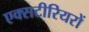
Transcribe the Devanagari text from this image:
एक्सटीरियरों